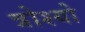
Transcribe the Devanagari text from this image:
त्रोश्यो